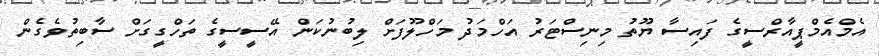
އެމްއެމްޕީއާރްސީގެ ފައިސާ ޔޫތު މިނިސްޓަރު އަހްމަދު މަހްލޫފަށް ލިބުނުކަން އޭސީސީގެ ތަހްގީގަށް ސާބިތުވެގެން